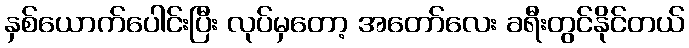
နှစ်ယောက်ပေါင်းပြီး လုပ်မှတော့ အတော်လေး ခရီးတွင်နိုင်တယ်